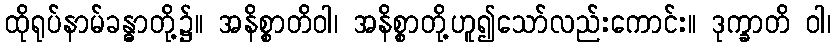
ထိုရုပ်နာမ်ခန္ဓာတို့၌။ အနိစ္စာတိဝါ၊ အနိစ္စာတို့ဟူ၍သော်လည်းကောင်း။ ဒုက္ခာတိ ဝါ၊